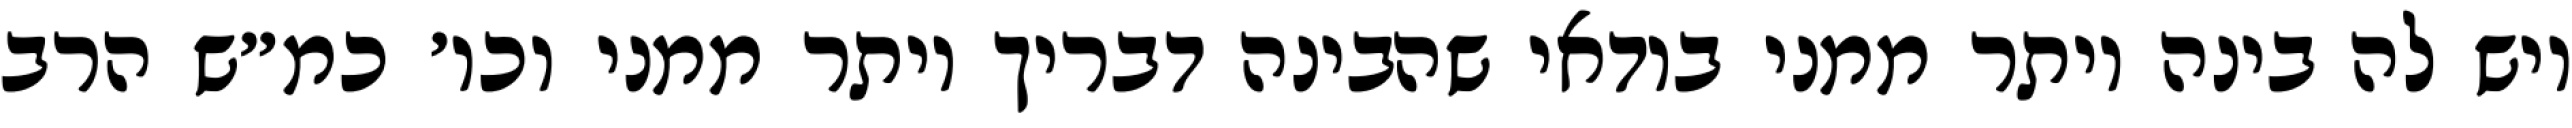
ויש לה בינה יותר ממני בודאי שהבינה דבריך יותר ממני וכו׳ כמ״ש הרב